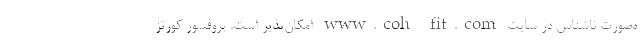
ه‌صورت ناشناس در سایت www.coh-fit.com امکان‌پذیر است. پروفسور کورتز